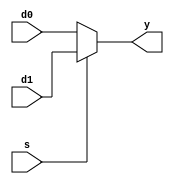
module MUX2 #(parameter WIDTH = 8) (d0, d1, s, y);
              
  input [WIDTH-1:0] d0, d1;
  input s;
  output [WIDTH-1:0] y;
              
  assign y = ( s == 1'b1 ) ? d1:d0;
    
endmodule

module MUX4 #(parameter WIDTH = 8) (d0, d1, d2, d3, s, y);
    
  input [WIDTH-1:0] d0, d1, d2, d3;
  input [1:0] s;
  output [WIDTH-1:0] y;
    
  reg [WIDTH-1:0] y_r;
    
  always @(*) 
    begin
      case(s)
        2'b00: y_r = d0;
        2'b01: y_r = d1;
        2'b10: y_r = d2;
        2'b11: y_r = d3;
        default: ;
      endcase
    end
    
  assign y = y_r;
        
endmodule

module MUX8 #(parameter WIDTH = 8) (d0, d1, d2, d3, d4, d5, d6, d7, s, y);
    
  input [WIDTH-1:0] d0, d1, d2, d3, d4, d5, d6, d7;
  input [2:0] s;
  output [WIDTH-1:0] y;
    
  reg [WIDTH-1:0] y_r;
    
  always @(*) 
    begin
      case(s)
        3'd0: y_r = d0;
        3'd1: y_r = d1;
        3'd2: y_r = d2;
        3'd3: y_r = d3;
        3'd4: y_r = d4;
        3'd5: y_r = d5;
        3'd6: y_r = d6;
        3'd7: y_r = d7;
        default: ;
      endcase
    end
    
  assign y = y_r;
    
endmodule

module MUX16 #(parameter WIDTH = 8) (d0, d1, d2, d3, d4, d5, d6, d7, d8, d9, d10, d11, d12, d13, d14, d15, s, y);
    
  input [WIDTH-1:0] d0, d1, d2, d3, d4, d5, d6, d7, d8, d9, d10, d11, d12, d13, d14, d15;
  input [3:0] s;
  output [WIDTH-1:0] y;
    
  reg [WIDTH-1:0] y_r;
    
  always @(*) 
    begin
      case(s)
        4'd0: y_r = d0;
        4'd1: y_r = d1;
        4'd2: y_r = d2;
        4'd3: y_r = d3;
        4'd4: y_r = d4;
        4'd5: y_r = d5;
        4'd6: y_r = d6;
        4'd7: y_r = d7;
        4'd8: y_r = d8;
        4'd9: y_r = d9;
        4'd10: y_r = d10;
        4'd11: y_r = d11;
        4'd12: y_r = d12;
        4'd13: y_r = d13;
        4'd14: y_r = d14;
        4'd15: y_r = d15;
        default: ;
      endcase
    end
    
  assign y = y_r;
    
endmodule